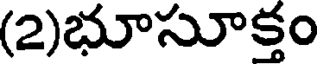
(2)భూసూక్తం